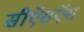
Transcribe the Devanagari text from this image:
सीऍसऍस